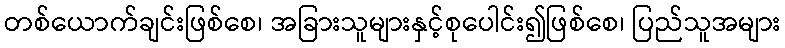
တစ်ယောက်ချင်းဖြစ်စေ၊ အခြားသူများနှင့်စုပေါင်း၍ဖြစ်စေ၊ ပြည်သူအများ